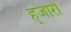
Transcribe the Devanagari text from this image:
ह्जारो